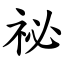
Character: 祕